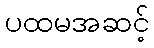
ပထမအဆင့်